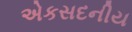
એકસદનીય